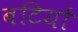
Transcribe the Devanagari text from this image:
बटियों